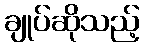
ချုပ်ဆိုသည့်